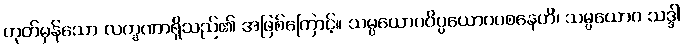
ဟုတ်မှန်သော လက္ခဏာရှိသည်၏ အဖြစ်ကြောင့်။ သမ္ပယောဂဝိပ္ပယောဂဝစနေဟိ၊ သမ္ပယောဂ သဒ္ဒါ